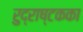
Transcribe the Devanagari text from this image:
रुद्राष्टकका